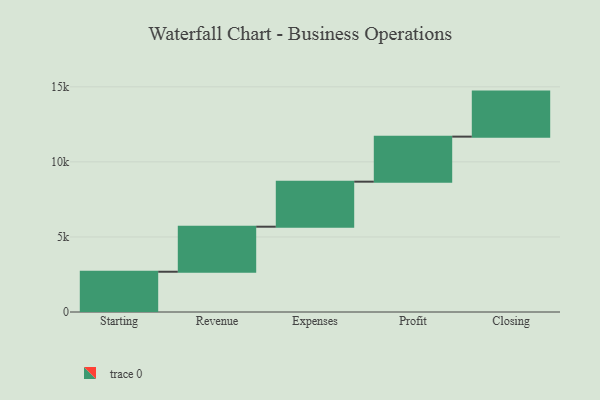
{"axis": {"x": "Step", "y": "Value"}, "legend": [""], "data": [{"x": "Starting", "y": 2682.0, "type": ""}, {"x": "Revenue", "y": 3000, "type": ""}, {"x": "Expenses", "y": 3000, "type": ""}, {"x": "Profit", "y": 3000, "type": ""}, {"x": "Closing", "y": 3000, "type": ""}]}